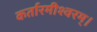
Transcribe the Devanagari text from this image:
कर्तारमीश्वरम्।